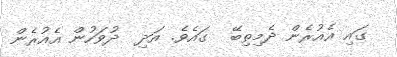
ގައި އެއުރެން ދެމިތިބޭ  ގައެވެ. އަދި  ދުވަހުން އެއުރެން